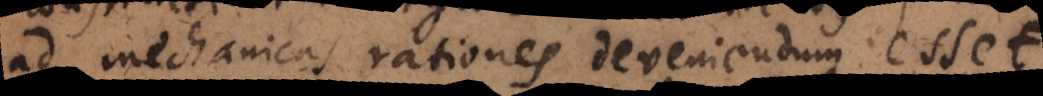
ad mechanicas rationes deveniendum esset.